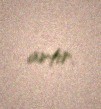
artır.